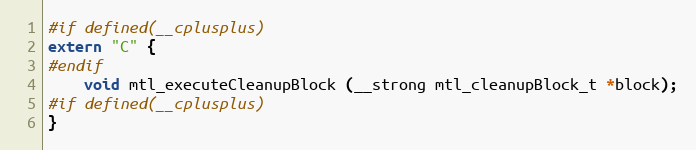
Language: C
#if defined(__cplusplus)
extern "C" {
#endif
    void mtl_executeCleanupBlock (__strong mtl_cleanupBlock_t *block);
#if defined(__cplusplus)
}